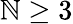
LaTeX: \mathbb{N}\ge3